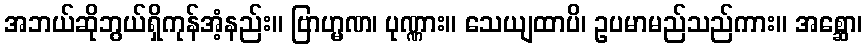
အဘယ်ဆိုဘွယ်ရှိကုန်အံ့နည်း။ ဗြာဟ္မဏ၊ ပုဏ္ဏား။ သေယျထာပိ၊ ဥပမာမည်သည်ကား။ အစ္ဆော၊